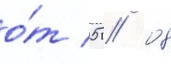
о́т 05 // 08